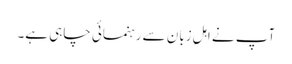
آپ نے اہلِ زبان سے رہنمائی چاہی ہے۔